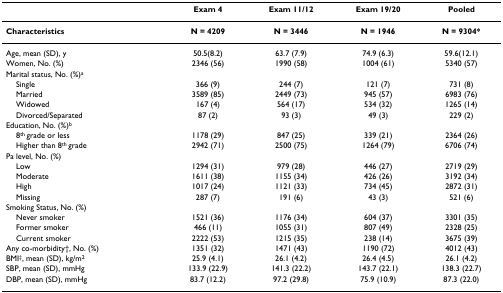
<table><thead><tr><td></td><td><b>Exam 4</b></td><td><b>Exam 11/12</b></td><td><b>Exam 19/20</b></td><td><b>Pooled</b></td></tr></thead><tbody><tr><td><b>Characteristics</b></td><td><b>N = 4209</b></td><td><b>N = 3446</b></td><td><b>N = 1946</b></td><td><b>N = 9304*</b></td></tr><tr><td>Age, mean (SD), y</td><td>50.5(8.2)</td><td>63.7 (7.9)</td><td>74.9 (6.3)</td><td>59.6(12.1)</td></tr><tr><td>Women, No. (%)</td><td>2346 (56)</td><td>1990 (58)</td><td>1004 (61)</td><td>5340 (57)</td></tr><tr><td>Marital status, No. (%)<sup>a</sup></td><td></td><td></td><td></td><td></td></tr><tr><td> Single</td><td>366 (9)</td><td>244 (7)</td><td>121 (7)</td><td>731 (8)</td></tr><tr><td> Married</td><td>3589 (85)</td><td>2449 (73)</td><td>945 (57)</td><td>6983 (76)</td></tr><tr><td> Widowed</td><td>167 (4)</td><td>564 (17)</td><td>534 (32)</td><td>1265 (14)</td></tr><tr><td> Divorced/Separated</td><td>87 (2)</td><td>93 (3)</td><td>49 (3)</td><td>229 (2)</td></tr><tr><td>Education, No. (%)<sup>b</sup></td><td></td><td></td><td></td><td></td></tr><tr><td> 8<sup>th </sup>grade or less</td><td>1178 (29)</td><td>847 (25)</td><td>339 (21)</td><td>2364 (26)</td></tr><tr><td> Higher than 8<sup>th </sup>grade</td><td>2942 (71)</td><td>2500 (75)</td><td>1264 (79)</td><td>6706 (74)</td></tr><tr><td>Pa level, No. (%)</td><td></td><td></td><td></td><td></td></tr><tr><td> Low</td><td>1294 (31)</td><td>979 (28)</td><td>446 (27)</td><td>2719 (29)</td></tr><tr><td> Moderate</td><td>1611 (38)</td><td>1155 (34)</td><td>426 (26)</td><td>3192 (34)</td></tr><tr><td> High</td><td>1017 (24)</td><td>1121 (33)</td><td>734 (45)</td><td>2872 (31)</td></tr><tr><td> Missing</td><td>287 (7)</td><td>191 (6)</td><td>43 (3)</td><td>521 (6)</td></tr><tr><td>Smoking Status, No. (%)</td><td></td><td></td><td></td><td></td></tr><tr><td> Never smoker</td><td>1521 (36)</td><td>1176 (34)</td><td>604 (37)</td><td>3301 (35)</td></tr><tr><td> Former smoker</td><td>466 (11)</td><td>1055 (31)</td><td>807 (49)</td><td>2328 (25)</td></tr><tr><td> Current smoker</td><td>2222 (53)</td><td>1215 (35)</td><td>238 (14)</td><td>3675 (39)</td></tr><tr><td>Any co-morbidity†, No. (%)</td><td>1351 (32)</td><td>1471 (43)</td><td>1190 (72)</td><td>4012 (43)</td></tr><tr><td>BMI<sup>‡</sup>, mean (SD), kg/m<sup>2</sup></td><td>25.9 (4.1)</td><td>26.1 (4.2)</td><td>26.4 (4.5)</td><td>26.1 (4.2)</td></tr><tr><td>SBP, mean (SD), mmHg</td><td>133.9 (22.9)</td><td>141.3 (22.2)</td><td>143.7 (22.1)</td><td>138.3 (22.7)</td></tr><tr><td>DBP, mean (SD), mmHg</td><td>83.7 (12.2)</td><td>97.2 (29.8)</td><td>75.9 (10.9)</td><td>87.3 (22.0)</td></tr></tbody></table>